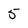
Character: 5